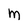
Character: M